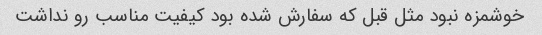
خوشمزه نبود مثل قبل که سفارش شده بود کیفیت مناسب رو نداشت